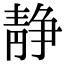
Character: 静